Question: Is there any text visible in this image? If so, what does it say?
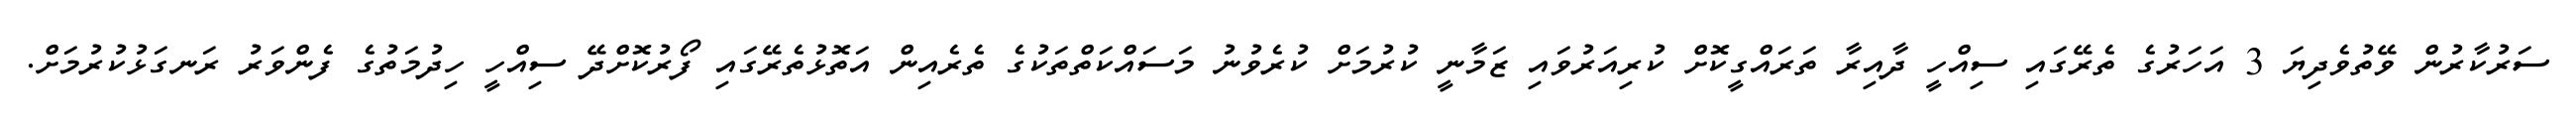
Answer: ސަރުކާރުން ވޭތުވެދިޔަ 3 އަހަރުގެ ތެރޭގައި ސިއްހީ ދާއިރާ ތަރައްގީކޮށް ކުރިއަރުވައި ޒަމާނީ ކުރުމަށް ކުރެވުނު މަސައްކަތްތަކުގެ ތެރެއިން އަތޮޅުތެރޭގައި ފޯރުކޮށްދޭ ސިއްހީ ހިދުމަތުގެ ފެންވަރު ރަނގަޅުކުރުމަށް.